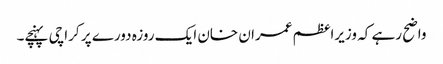
واضح رہے کہ وزیراعظم عمران خان ایک روزہ دورے پر کراچی پہنچے۔